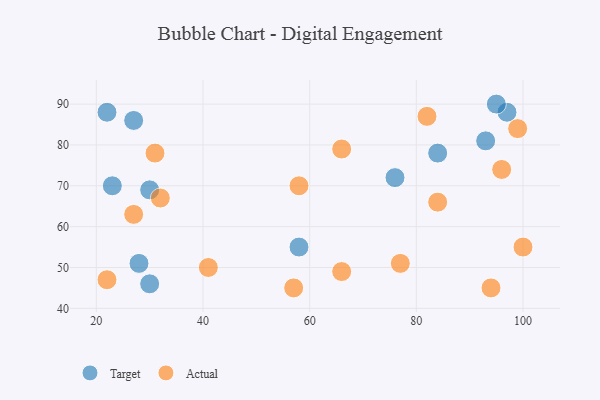
{"axis": {"x": "GDP", "y": "Life Expectancy"}, "legend": ["Actual", "Target"], "data": [{"x": "27", "y": 86, "type": "Target"}, {"x": "97", "y": 88, "type": "Target"}, {"x": "93", "y": 81, "type": "Target"}, {"x": "23", "y": 70, "type": "Target"}, {"x": "30", "y": 46, "type": "Target"}, {"x": "84", "y": 78, "type": "Target"}, {"x": "76", "y": 72, "type": "Target"}, {"x": "30", "y": 69, "type": "Target"}, {"x": "58", "y": 55, "type": "Target"}, {"x": "22", "y": 88, "type": "Target"}, {"x": "95", "y": 90, "type": "Target"}, {"x": "28", "y": 51, "type": "Target"}, {"x": "57", "y": 45, "type": "Actual"}, {"x": "27", "y": 63, "type": "Actual"}, {"x": "99", "y": 84, "type": "Actual"}, {"x": "66", "y": 79, "type": "Actual"}, {"x": "96", "y": 74, "type": "Actual"}, {"x": "32", "y": 67, "type": "Actual"}, {"x": "58", "y": 70, "type": "Actual"}, {"x": "94", "y": 45, "type": "Actual"}, {"x": "100", "y": 55, "type": "Actual"}, {"x": "41", "y": 50, "type": "Actual"}, {"x": "77", "y": 51, "type": "Actual"}, {"x": "82", "y": 87, "type": "Actual"}, {"x": "66", "y": 49, "type": "Actual"}, {"x": "84", "y": 66, "type": "Actual"}, {"x": "22", "y": 47, "type": "Actual"}, {"x": "31", "y": 78, "type": "Actual"}]}